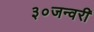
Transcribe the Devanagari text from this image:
३०जन्वरी